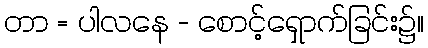
တာ = ပါလနေ - စောင့်ရှောက်ခြင်း၌။